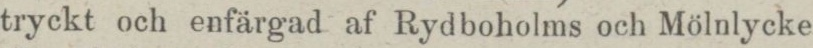
tryckt och enfärgad af Rydboholms och Mölnlycke